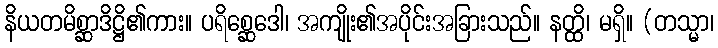
နိယတမိစ္ဆာဒိဋ္ဌိ၏ကား။ ပရိစ္ဆေဒေါ၊ အကျိုး၏အပိုင်းအခြားသည်။ နတ္ထိ၊ မရှိ။ (တသ္မာ၊